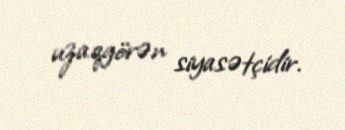
uzaqgörən siyasətçidir.